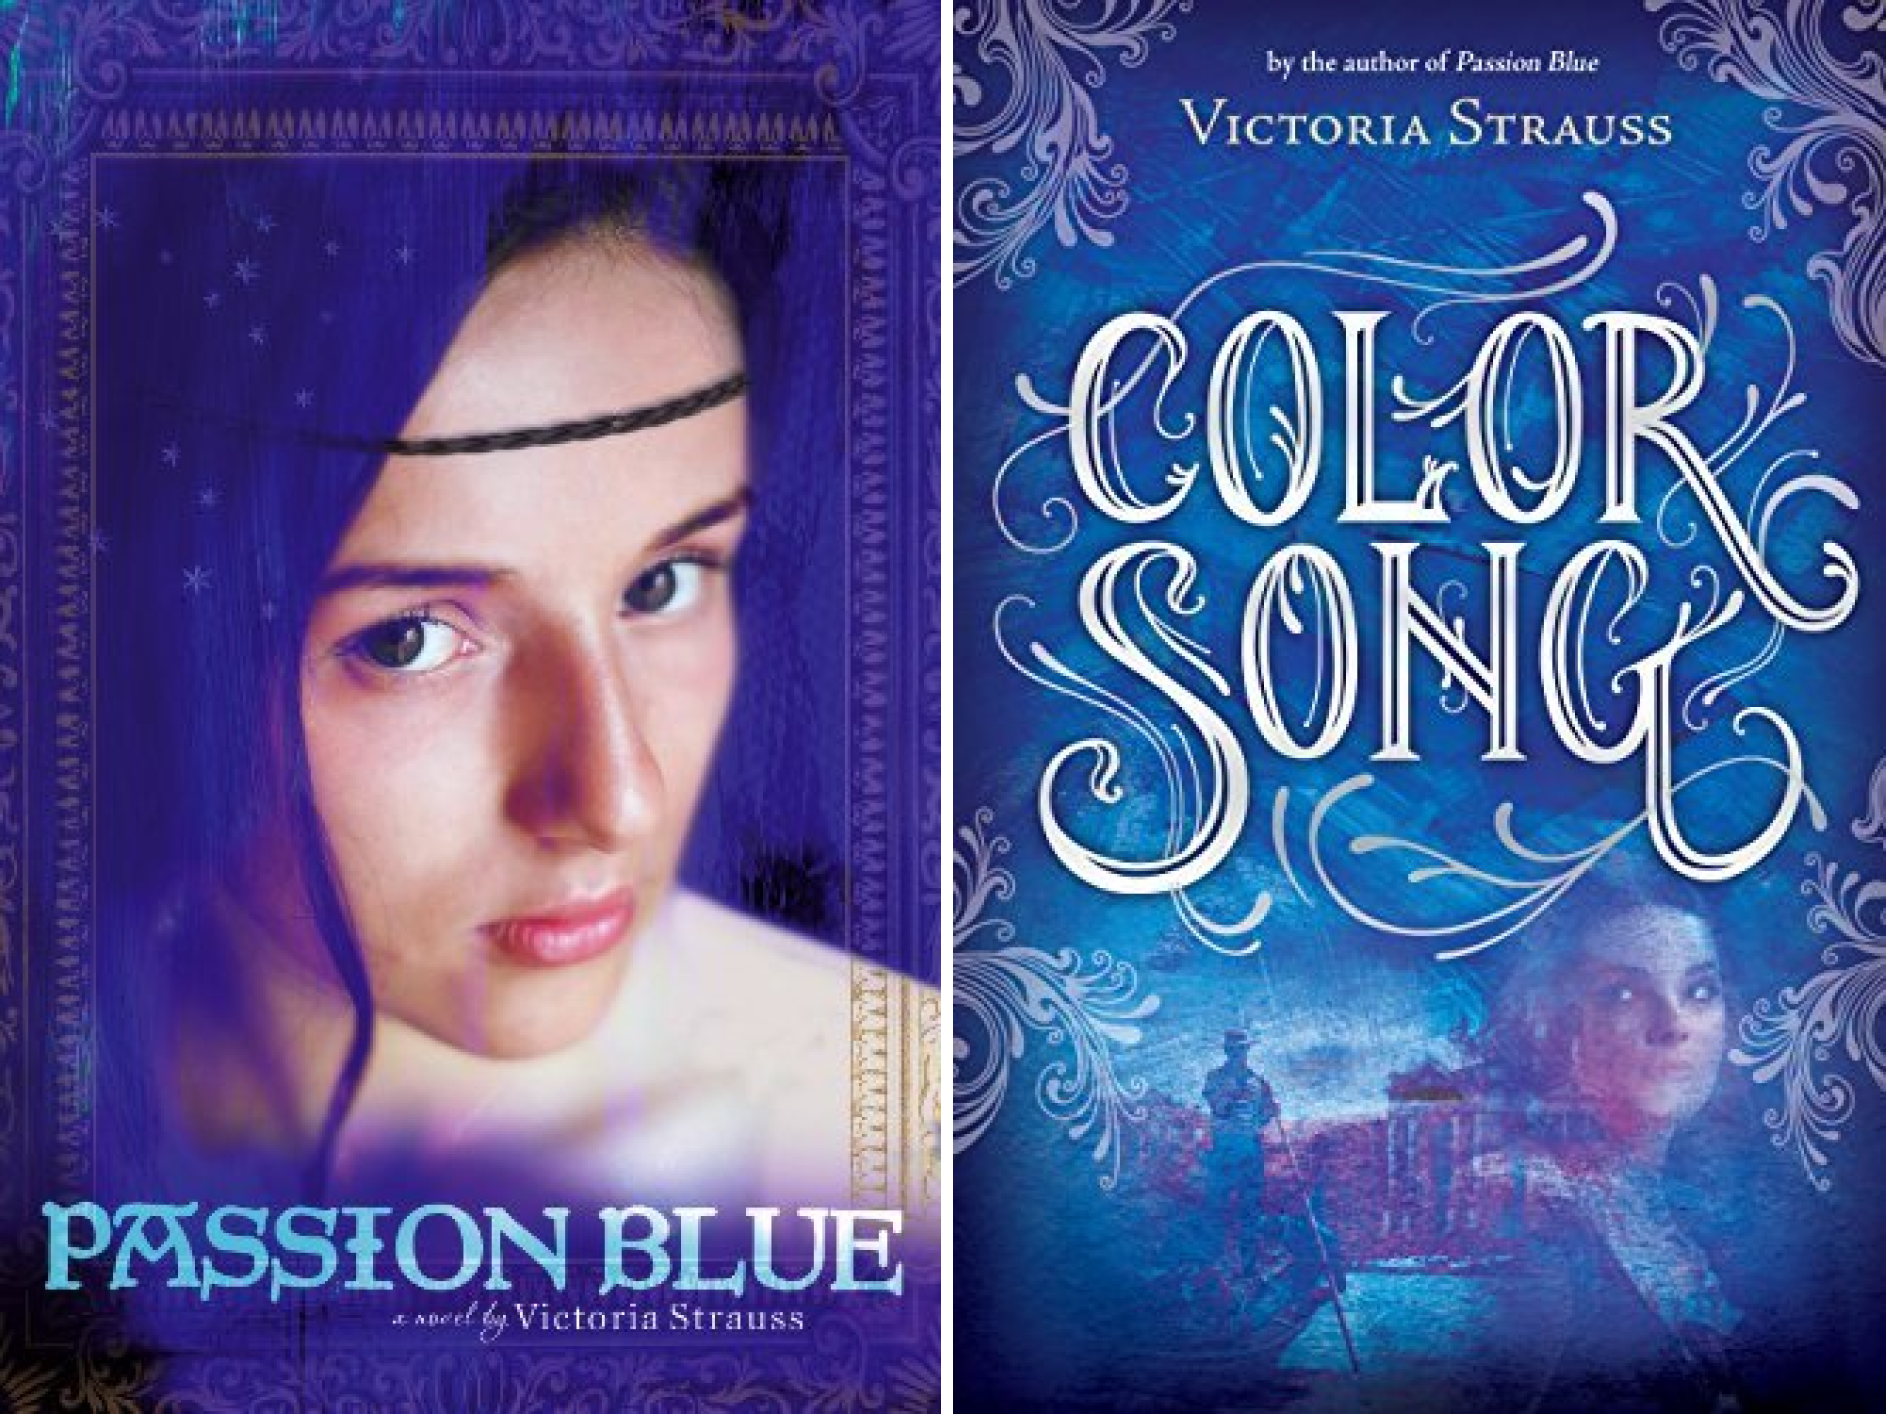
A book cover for Passion Blue Duology (2 Book Series); Victoria Strauss; Teen & Young Adult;